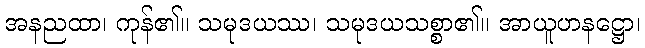
အနညထာ၊ ကုန်၏။ သမုဒယဿ၊ သမုဒယသစ္စာ၏။ အာယူဟနဋ္ဌော၊